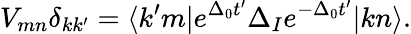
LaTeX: V_{mn}\delta_{kk^{\prime}}=\langle k^{\prime}m|e^{\Delta_{0}t^{\prime}}\Delta_{I}e^{-\Delta_{0}t^{\prime}}|kn\rangle.